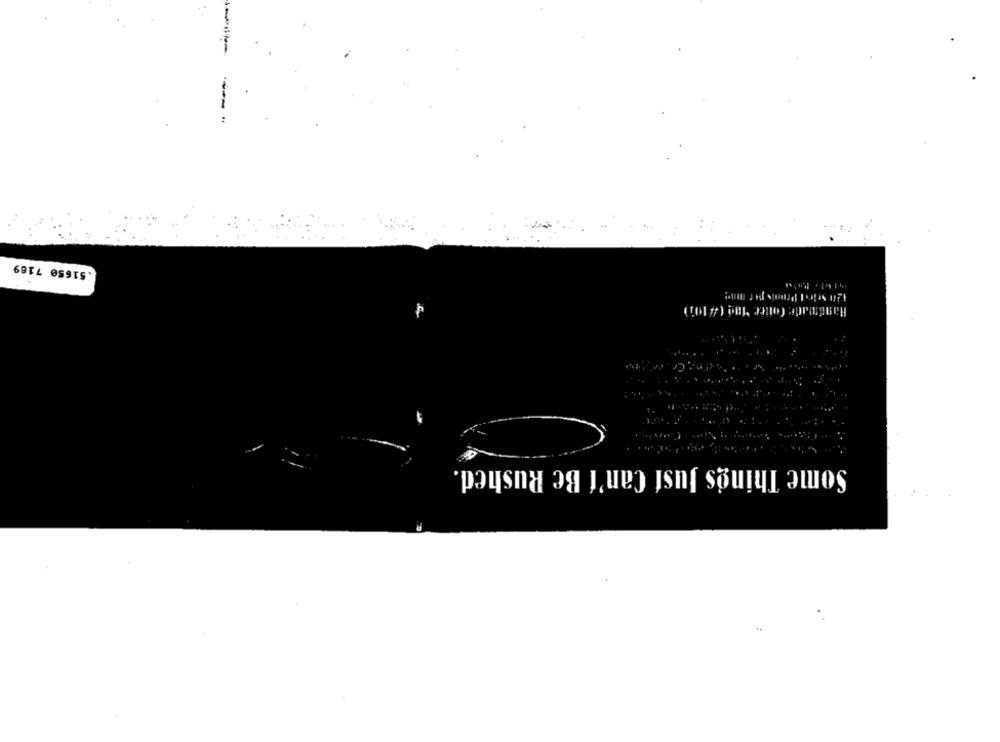
.51650 7189
Handmade Contre Mad ( # 101)
Some Things Just Can't Be Rushed.